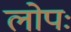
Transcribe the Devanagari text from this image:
लोपः